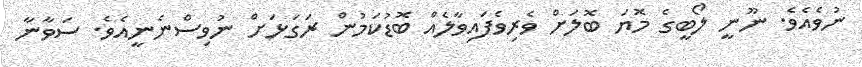
ނުވެއެވެ. ނޫނީ ލޯބީގެ މޮޔަ ބޮލަށް ވެރިވެފައިވާލެއް ބޮޑުކަމުން ރަގަޅަށް ނުވިސްނެނީއެވެ. ސަވާނާ